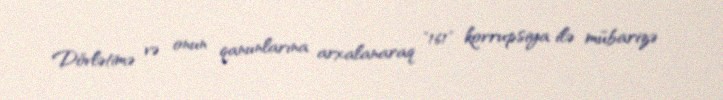
Dövlətimə və onun qanunlarına arxalanaraq "161" korrupsiya ilə mübarizə